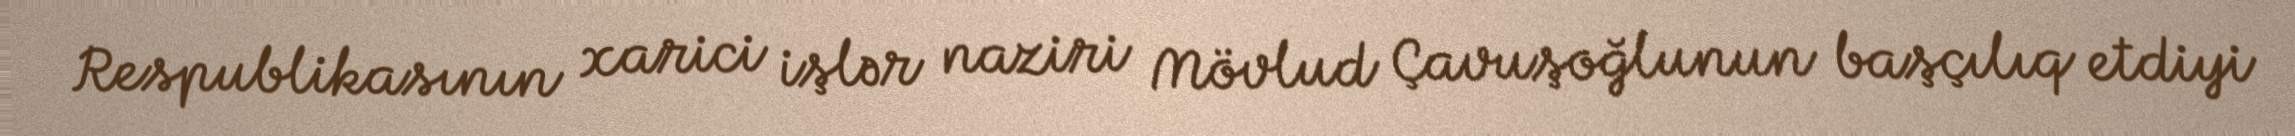
Respublikasının xarici işlər naziri Mövlud Çavuşoğlunun başçılıq etdiyi